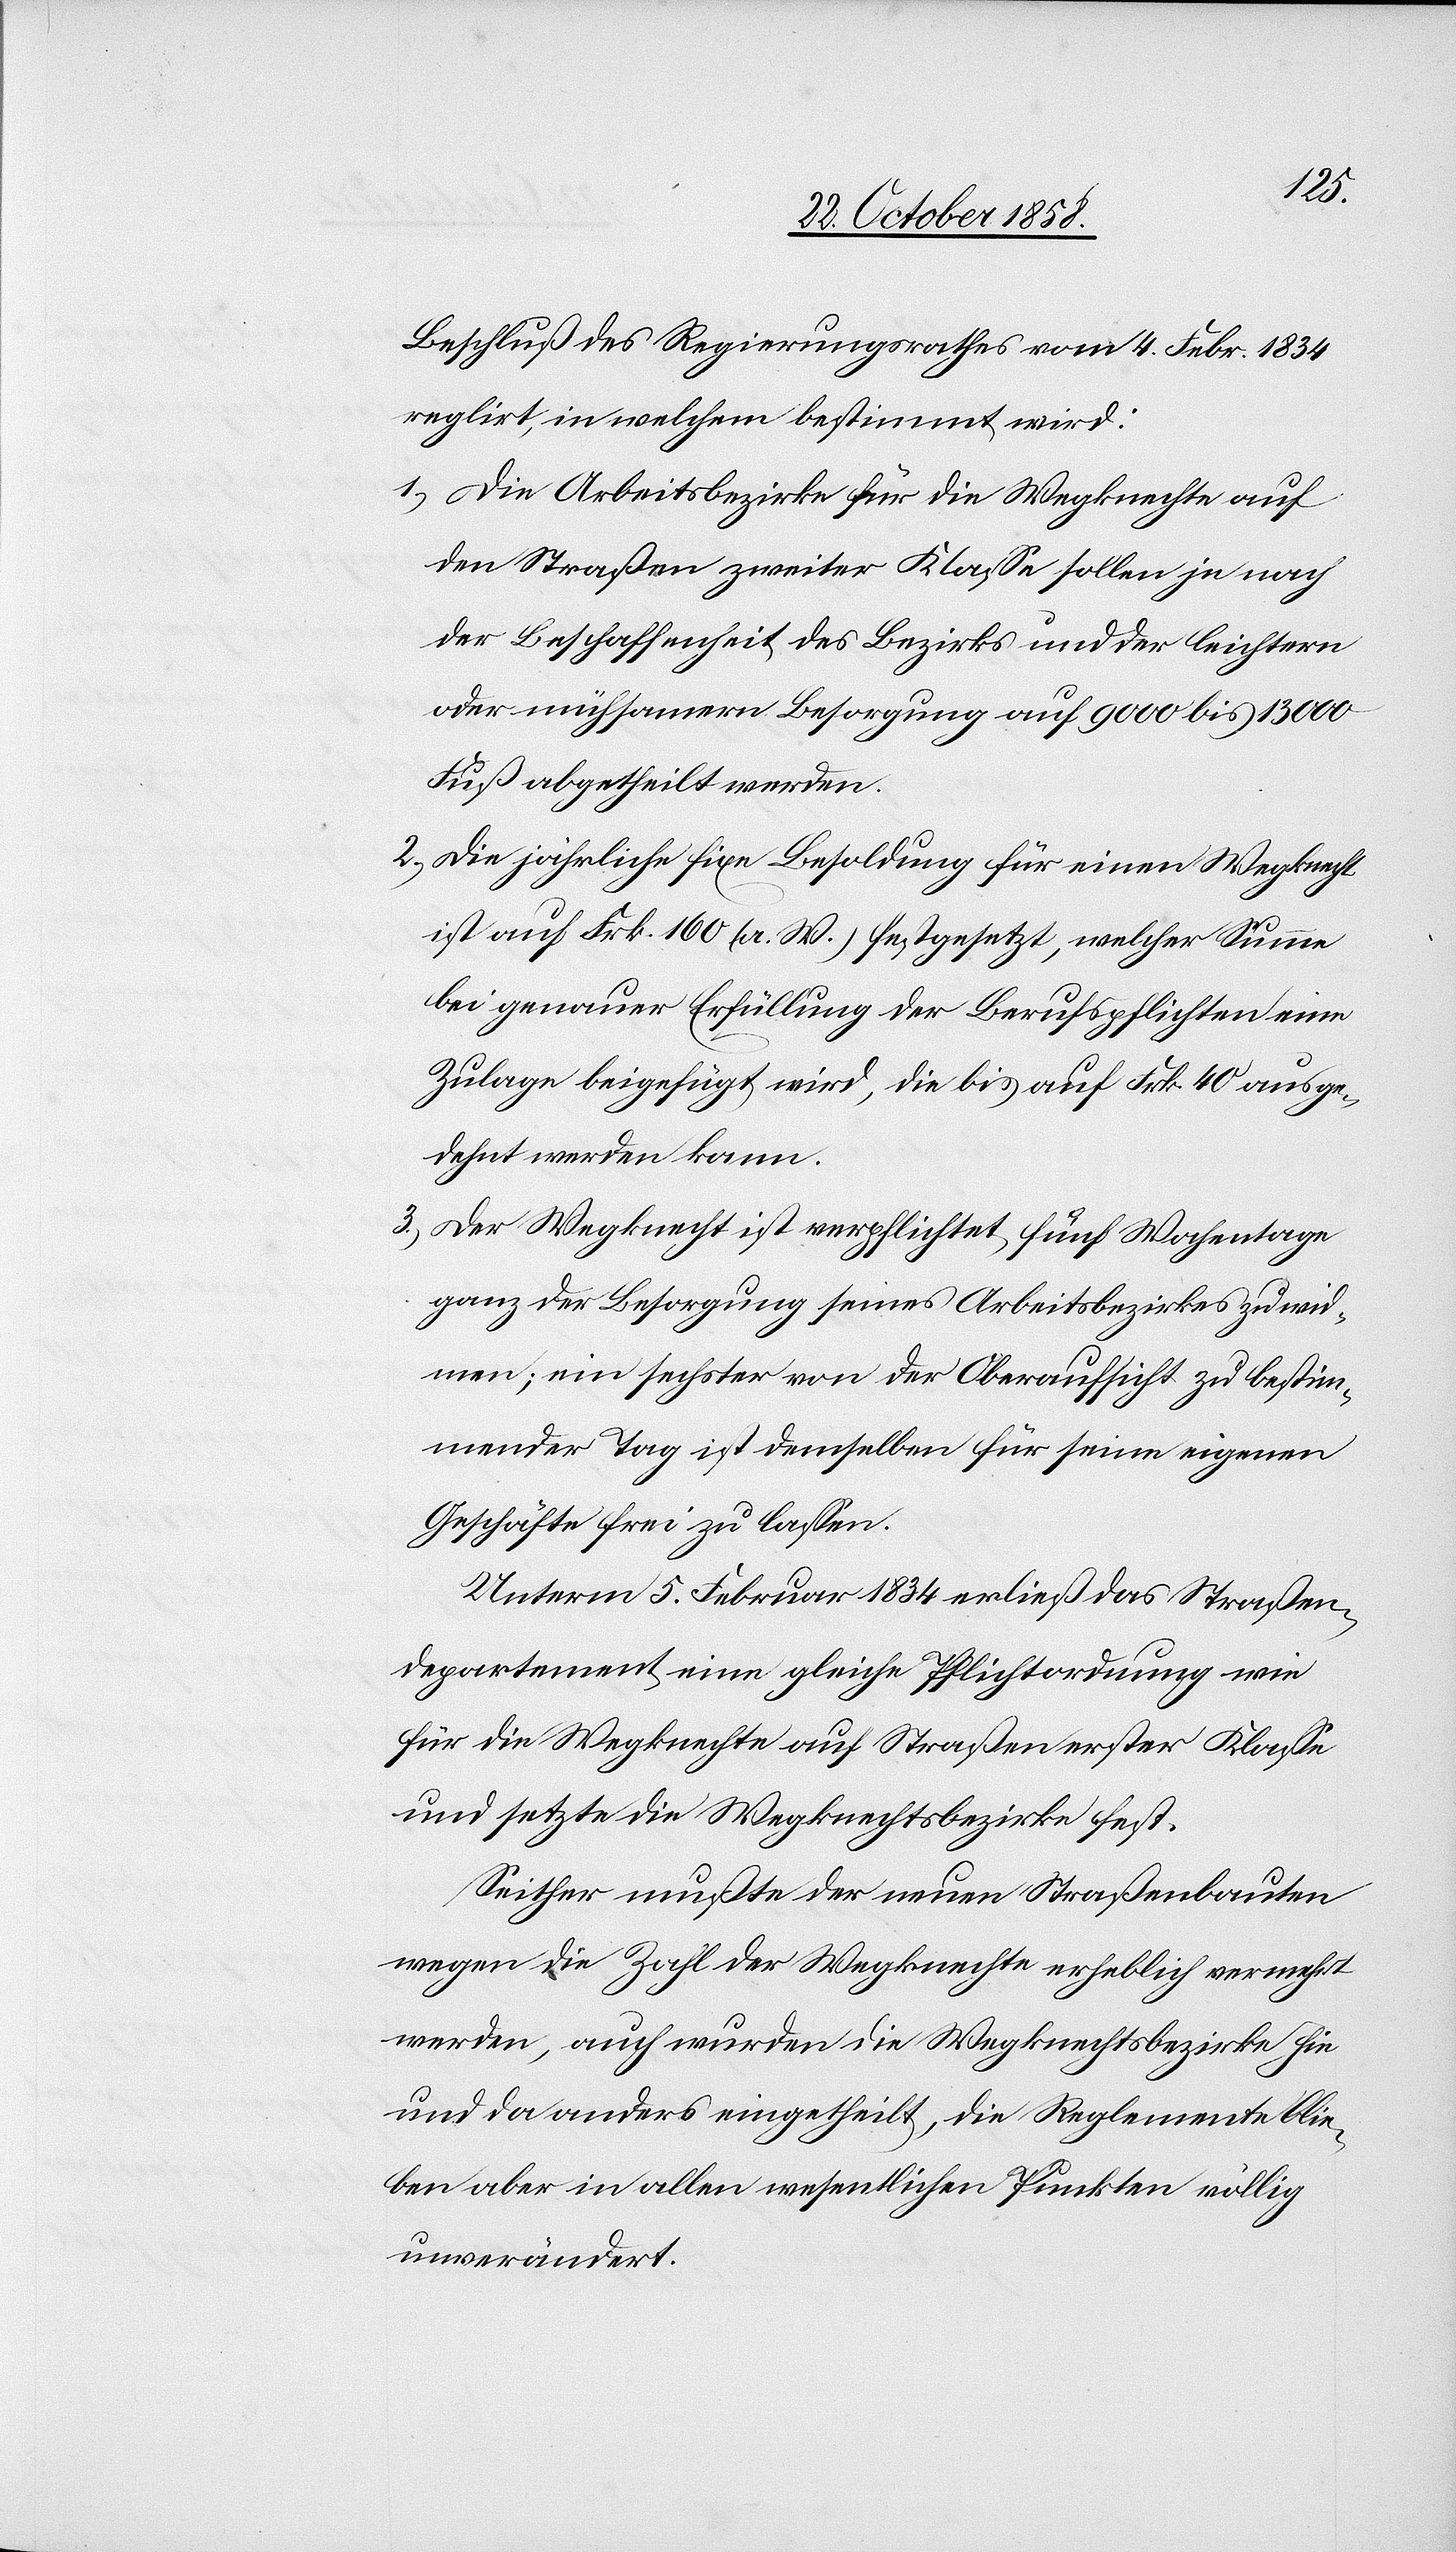
Beschluß des Regierungsrathes vom 4. Febr. 1834
reglirt, in welchem bestimmt wird:
Die Arbeitsbezirke für die Wegknechte auf
den Straßen zweiter Klasse sollen je nach
der Beschaffenheit des Bezirks und der leichtern
oder mühsamern Besorgung auf 9000 bis 13 000
Fuß abgetheilt werden.
Die jährliche fixe Besoldung für einen Wegknecht
ist auf Frk. 160 (a. W.) festgesetzt, welcher Summe
bei genauer Erfüllung der Berufspflichten eine
Zulage beigefügt wird, die bis auf Frk. 40 ausge¬
dehnt werden kann.
Der Wegknecht ist verpflichtet, fünf Wochentage
ganz der Besorgung seines Arbeitsbezirkes zu wid¬
men; ein sechster von der Oberaufsicht zu bestim¬
mender Tag ist demselben für seine eigenen
Geschäfte frei zu lassen.
Unterm 5. Februar 1834 erließ das Straßen¬
departement eine gleiche Pflichtordnung wie
für die Wegknechte auf Straßen erster Klasse
und setzte die Wegknechtsbezirke fest.
Seither mußte der neuen Straßenbauten
wegen die Zahl der Wegknechte erheblich vermehrt
werden, auch wurden die Wegknechtsbezirke hie
und da anders eingetheilt, die Reglemente blie¬
ben aber in allen wesentlichen Punkten völlig
unverändert.